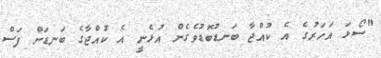
"ސޯޅަ އަހަރުގެ އެ ކުއްޖާ ބަނޑުބޮޑުވެގެން އުޅެނީ އެ ކުއްޖާގެ ބަނޑަށް ފަސް